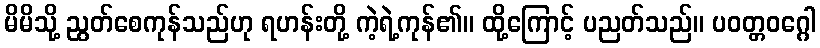
မိမိသို့ ညွတ်စေကုန်သည်ဟု ရဟန်းတို့ ကဲ့ရဲ့ကုန်၏။ ထို့ကြောင့် ပညတ်သည်။ ပဝတ္တဝဂ္ဂေါ